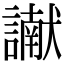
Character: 𮘾